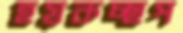
হয়কচ্ছপ